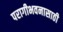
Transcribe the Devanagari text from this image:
परागीभवनासाठी